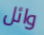
وائل